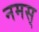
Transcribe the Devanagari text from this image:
नमस्